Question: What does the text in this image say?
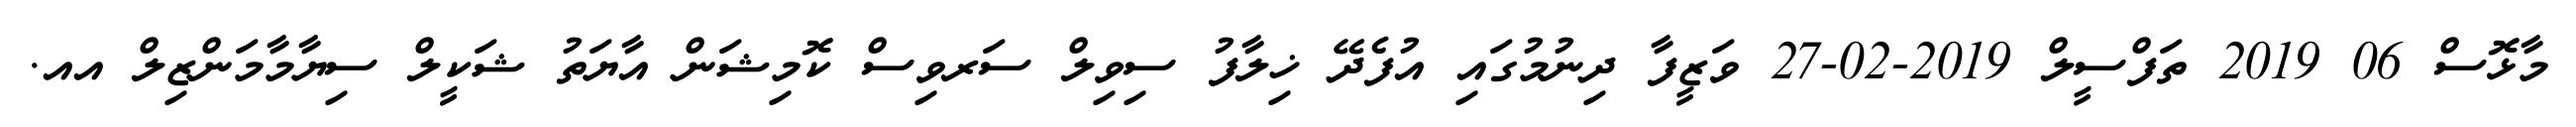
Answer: މާޅޮސް 06 2019 ތަފްސީލް 2019-02-27 ވަޒީފާ ދިނުމުގައި އުފެދޭ ޚިލާފު ސިވިލް ސަރވިސް ކޮމިޝަން އާޔަތު ޝަކީލް ސިޔާމާމަންޒިލް އއ.